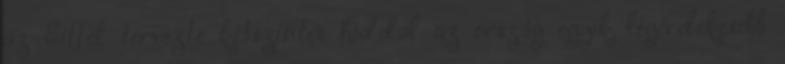
az Eiffel tervezte kétszintes híddal az ország egyik legérdekesebb